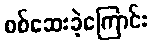
စစ်ဆေးခဲ့ကြောင်း